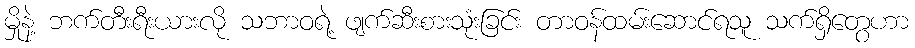
မှိုနဲ့ ဘက်တီးရီးယားလို သဘာဝရဲ့ ဖျက်ဆီးစားသုံးခြင်း တာဝန်ထမ်းဆောင်ရသူ သက်ရှိတွေဟာ